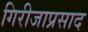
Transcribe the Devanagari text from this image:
गिरीजाप्रसाद